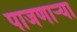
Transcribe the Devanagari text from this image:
पाजणाऱ्या